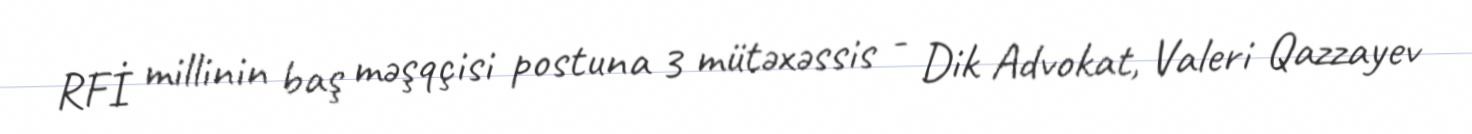
RFİ millinin baş məşqçisi postuna 3 mütəxəssis - Dik Advokat, Valeri Qazzayev